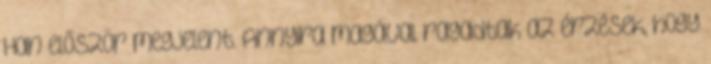
Han először megjelent. Annyira magával ragadtak az érzések, hogy